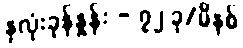
နှလုံးခုန်နှုန်း - ၇၂ ခု/မိနစ်